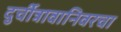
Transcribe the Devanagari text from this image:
दुर्चीत्रावानिवरचा